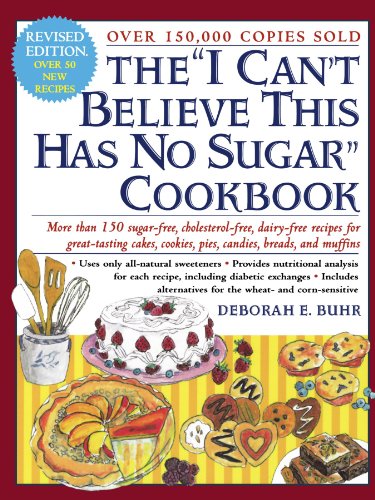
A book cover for The "I Can't Believe This Has No Sugar" Cookbook; Deborah E. Buhr; Cookbooks, Food & Wine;